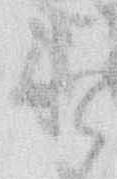
と